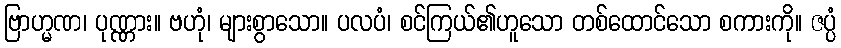
ဗြာဟ္မဏ၊ ပုဏ္ဏား။ ဗဟုံ၊ များစွာသော။ ပလပံ၊ စင်ကြယ်၏ဟူသော တစ်ထောင်သော စကားကို။ ဇပ္ပံ